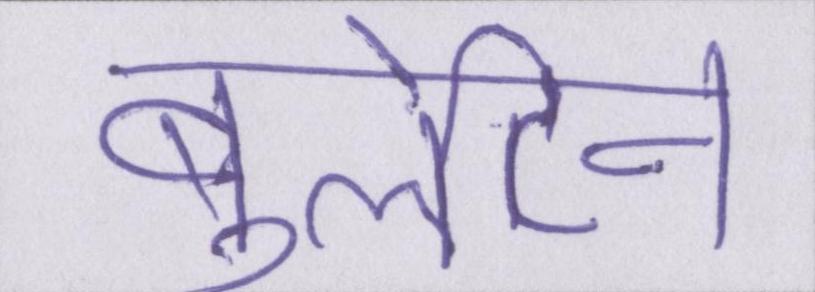
बुलेटिन